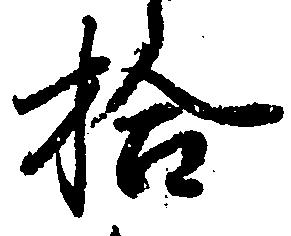
拾